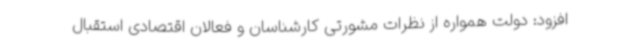
افزود: دولت همواره از نظرات مشورتی کارشناسان و فعالان اقتصادی استقبال